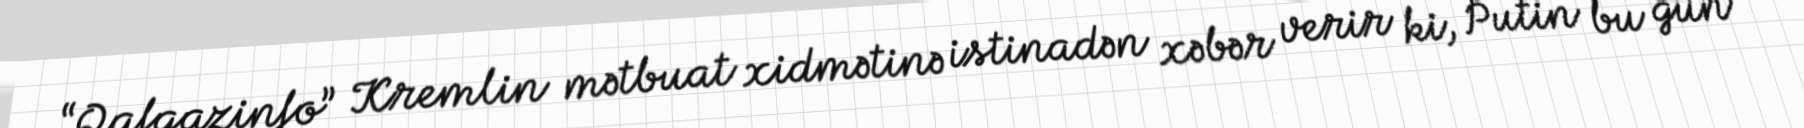
“Qafqazinfo” Kremlin mətbuat xidmətinə istinadən xəbər verir ki, Putin bu gün